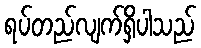
ရပ်တည်လျက်ရှိပါသည်